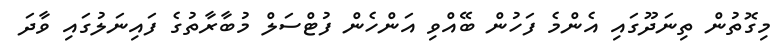
މިގޮތުން ތިނަދޫގައި އެންމެ ފަހުން ބޭއްވި އަންހެން ފުޓްސަލް މުބާރާތުގެ ފައިނަލުގައި ވާދަ